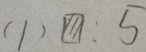
( 1 ) \boxed { / / / } : 5